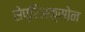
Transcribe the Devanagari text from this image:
सेप्रिअक्सोन